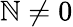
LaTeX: \mathbb{N}\neq0